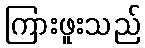
ကြားဖူးသည်